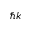
\hbar k